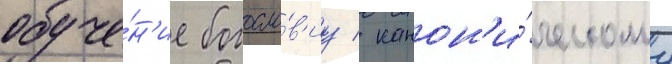
обуче́н'ие богосло́в'иу / канон'и́ческому